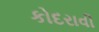
કોદરાવી